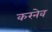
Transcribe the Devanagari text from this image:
करनेव